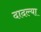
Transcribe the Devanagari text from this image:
दादल्या